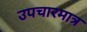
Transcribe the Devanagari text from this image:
उपचारमात्र